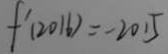
f ^ { \prime } ( 2 0 1 6 ) = - 2 0 1 5